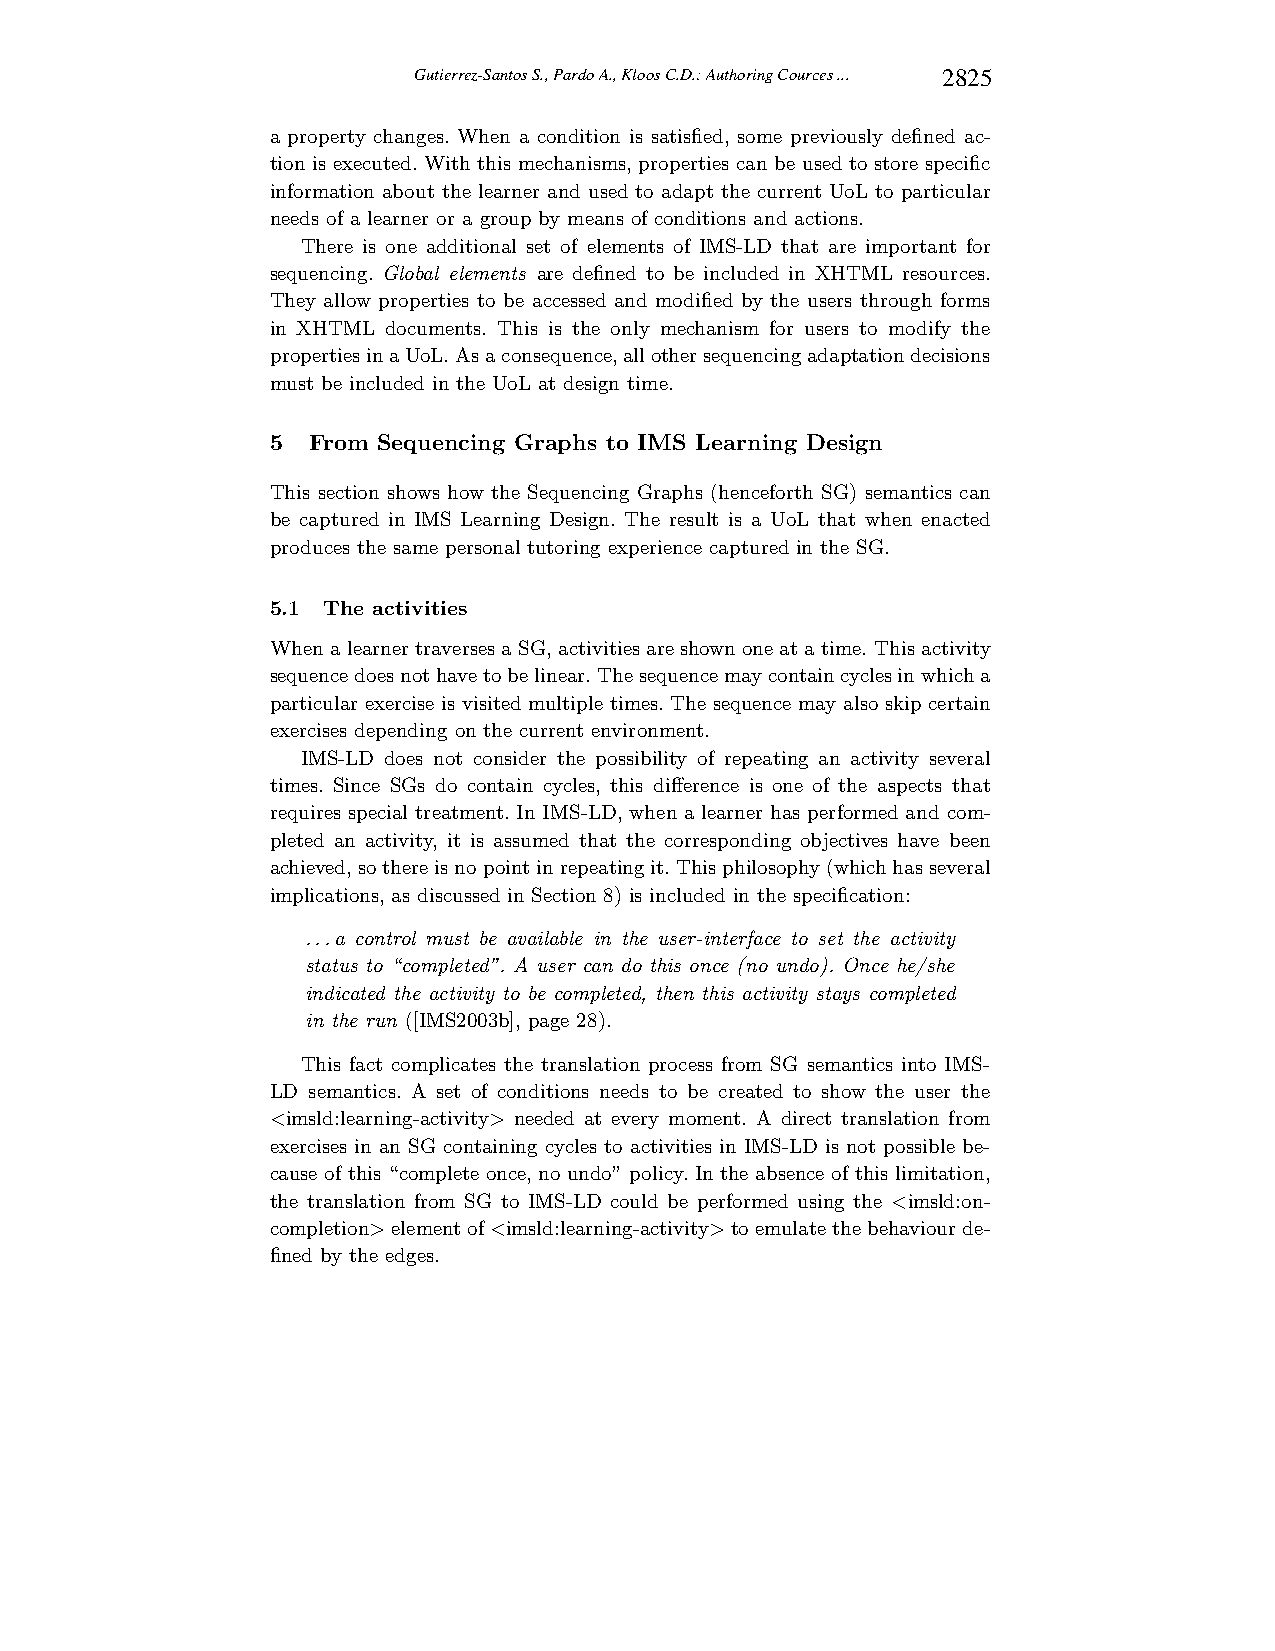
Gutierrez-Santos S., Pardo A., Kloos C.D.: Authoring Cources ... 2825
 a property changes. When a condition is satisfied, some previously defined ac-
 tion is executed. With this mechanisms, properties can be used to store specific
 information about the learner and used to adapt the current UoL to particular
 needs of a learner or a group by means of conditions and actions.
 There is one additional set of elements of IMS-LD that are important for
 sequencing. Global elements are defined to be included in XHTML resources.
 They allow properties to be accessed and modified by the users through forms
 in XHTML documents. This is the only mechanism for users to modify the
 propertiesinaUoL.Asaconsequence,allothersequencingadaptationdecisions
 must be included in the UoL at design time.
 5 From Sequencing Graphs to IMS Learning Design
 This section shows how the Sequencing Graphs (henceforth SG) semantics can
 be captured in IMS Learning Design. The result is a UoL that when enacted
 produces the same personal tutoring experience captured in the SG.
 5.1 The activities
 When a learnertraversesa SG, activities are shownone at a time. This activity
 sequencedoesnothavetobelinear.Thesequencemaycontaincyclesinwhicha
 particular exercise is visited multiple times. The sequence may also skip certain
 exercises depending on the current environment.
 IMS-LD does not consider the possibility of repeating an activity several
 times. Since SGs do contain cycles, this difference is one of the aspects that
 requires special treatment. In IMS-LD, when a learner has performed and com-
 pleted an activity, it is assumed that the corresponding objectives have been
 achieved,sothereisnopointinrepeatingit.Thisphilosophy(whichhasseveral
 implications, as discussed in Section8) is included in the specification:
 ...a control must be available in the user-interface to set the activity
 status to “completed”. A user can do this once (no undo). Once he/she
 indicated the activity to be completed, then this activity stays completed
 in the run ([IMS2003b], page 28).
 This fact complicates the translation process from SG semantics into IMS-
 LD semantics. A set of conditions needs to be created to show the user the
 <imsld:learning-activity> needed at every moment. A direct translation from
 exercises in an SG containing cycles to activities in IMS-LD is not possible be-
 cause of this “complete once, no undo” policy. In the absence of this limitation,
 the translation from SG to IMS-LD could be performed using the <imsld:on-
 completion>elementof<imsld:learning-activity>toemulatethebehaviourde-
 fined by the edges.